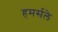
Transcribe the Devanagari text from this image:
हमर्सले